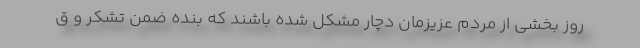
روز بخشی از مردم عزیزمان دچار مشکل شده باشند که بنده ضمن تشکر و ق